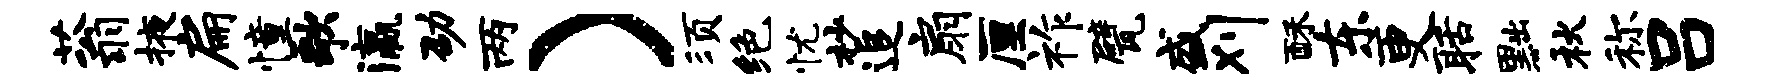
蓊掖扁憧歌瀛劭两）须绝忧杪追扇厘祚甓盛刈酥东更聒黜秋称吕